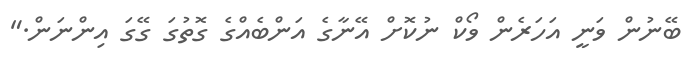
ބޭނުން ވަނީ އަހަރެން ވޯކް ނުކޮށް އޭނާގެ އަންބެއްގެ ގޮތުގަ ގޭގަ އިންނަން."